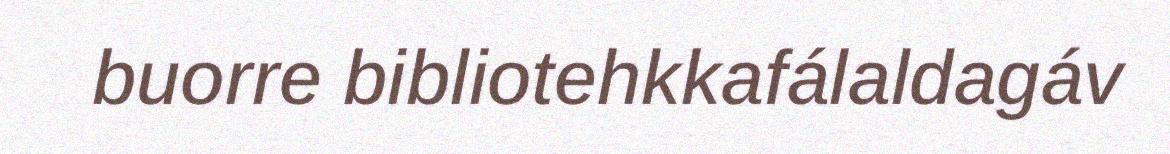
buorre bibliotehkkafálaldagáv